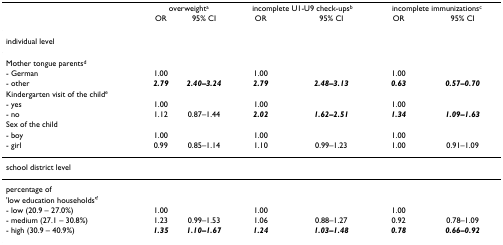
<table><thead><tr><td></td><td colspan="2"><b>overweight<sup>a</sup></b></td><td colspan="2"><b>incomplete U1-U9 check-ups<sup>b</sup></b></td><td colspan="2"><b>incomplete immunizations<sup>c</sup></b></td></tr><tr><td></td><td><b>OR</b></td><td><b>95% CI</b></td><td><b>OR</b></td><td><b>95% CI</b></td><td><b>OR</b></td><td><b>95% CI</b></td></tr></thead><tbody><tr><td colspan="7">individual level</td></tr><tr><td>Mother tongue parents<sup>d</sup></td><td></td><td></td><td></td><td></td><td></td><td></td></tr><tr><td>- German</td><td>1.00</td><td></td><td>1.00</td><td></td><td>1.00</td><td></td></tr><tr><td>- other</td><td><b><i>2.79</i></b></td><td><b><i>2.40–3.24</i></b></td><td><b><i>2.79</i></b></td><td><b><i>2.48–3.13</i></b></td><td><b><i>0.63</i></b></td><td><b><i>0.57–0.70</i></b></td></tr><tr><td>Kindergarten visit of the child<sup>e</sup></td><td></td><td></td><td></td><td></td><td></td><td></td></tr><tr><td>- yes</td><td>1.00</td><td></td><td>1.00</td><td></td><td>1.00</td><td></td></tr><tr><td>- no</td><td>1.12</td><td>0.87–1.44</td><td><b><i>2.02</i></b></td><td><b><i>1.62–2.51</i></b></td><td><b><i>1.34</i></b></td><td><b><i>1.09–1.63</i></b></td></tr><tr><td>Sex of the child</td><td></td><td></td><td></td><td></td><td></td><td></td></tr><tr><td>- boy</td><td>1.00</td><td></td><td>1.00</td><td></td><td>1.00</td><td></td></tr><tr><td>- girl</td><td>0.99</td><td>0.85–1.14</td><td>1.10</td><td>0.99–1.23</td><td>1.00</td><td>0.91–1.09</td></tr><tr><td colspan="7">school district level</td></tr><tr><td>percentage of</td><td></td><td></td><td></td><td></td><td></td><td></td></tr><tr><td>&#x27;low education households&#x27;<sup>f</sup></td><td></td><td></td><td></td><td></td><td></td><td></td></tr><tr><td>- low (20.9 – 27.0%)</td><td>1.00</td><td></td><td>1.00</td><td></td><td>1.00</td><td></td></tr><tr><td>- medium (27.1 – 30.8%)</td><td>1.23</td><td>0.99–1.53</td><td>1.06</td><td>0.88–1.27</td><td>0.92</td><td>0.78–1.09</td></tr><tr><td>- high (30.9 – 40.9%)</td><td><b><i>1.35</i></b></td><td><b><i>1.10–1.67</i></b></td><td><b><i>1.24</i></b></td><td><b><i>1.03–1.48</i></b></td><td><b><i>0.78</i></b></td><td><b><i>0.66–0.92</i></b></td></tr></tbody></table>